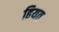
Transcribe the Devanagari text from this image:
हियत